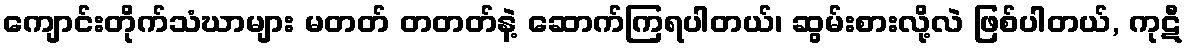
ကျောင်းတိုက်သံဃာများ မတတ် တတတ်နဲ့ ဆောက်ကြရပါတယ်၊ ဆွမ်းစားလို့လဲ ဖြစ်ပါတယ်, ကုဋီ